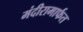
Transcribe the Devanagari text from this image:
मंदीरामार्फत